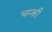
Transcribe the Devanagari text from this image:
चम्की